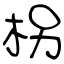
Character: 柺